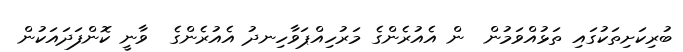
ބުރިކަށިތަކުގައި ތަޅުއްވަމުން  ން އެއުރެންގެ މަރުހިއްޕަވާހިނދު އެއުރެންގެ  ވާނީ ކޮންފަދައަކުން